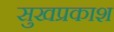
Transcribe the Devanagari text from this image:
सुखप्रकाश